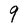
Character: 9